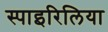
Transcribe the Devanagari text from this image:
स्पाइरिलिया